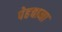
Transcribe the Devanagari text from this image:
पेहचाना